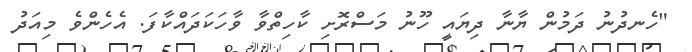
"ހެނދުނު ދަމުން ޔާނާ ދިޔައީ ހޫނު މަސްރޮށި ކާހިތްވާ ވާހަކަދައްކާފަ. އެހެންވެ މިއަދު